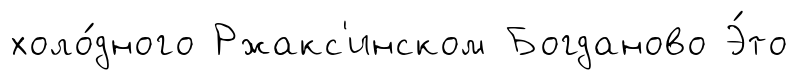
холо́дного Ржакс'инском Богданово Э́то